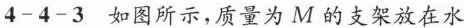
4-4-3如图所示，质量为M的支架放在水